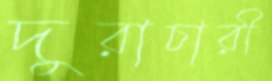
দুরাচারী